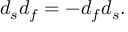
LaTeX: d _ { s } d _ { f } = - d _ { f } d _ { s } .